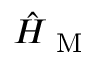
\hat { H } _ { \mathrm { ~ M ~ } }